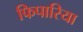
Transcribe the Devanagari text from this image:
फिपारिया